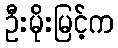
ဦးမိုးမြင့်က